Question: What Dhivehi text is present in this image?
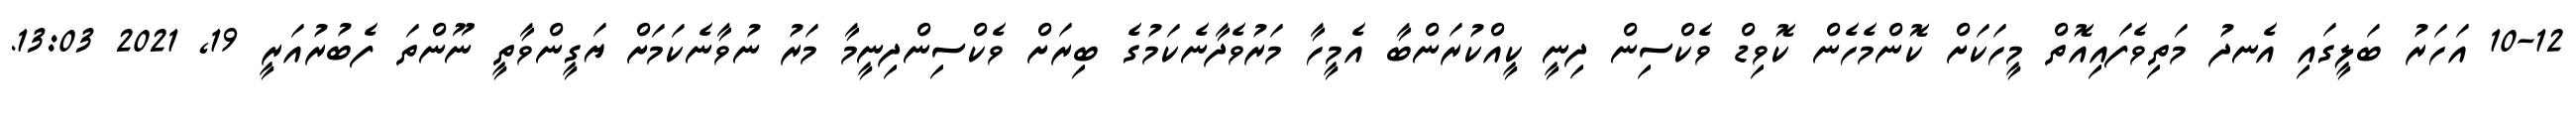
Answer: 10-12 އަހަރު ބަލީގައި އެނދު މަތިވެފައިއޮތް މީހަކަށް ކޮންމެހެން ކޮވިޑް ވެކްސިން ދިނީ ކީއްކުރަންބާ އެމީހާ މަރުވެދާނެކަމުގެ ބިރަށް ވެކްސިންދިނީމާ މަރު ނުވާނެކަމަށް ޔަގީންވާތީ ނޫންތަ ފެބުރުއަރީ 19, 2021 13:03.